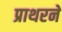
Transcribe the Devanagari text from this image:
प्राथरने